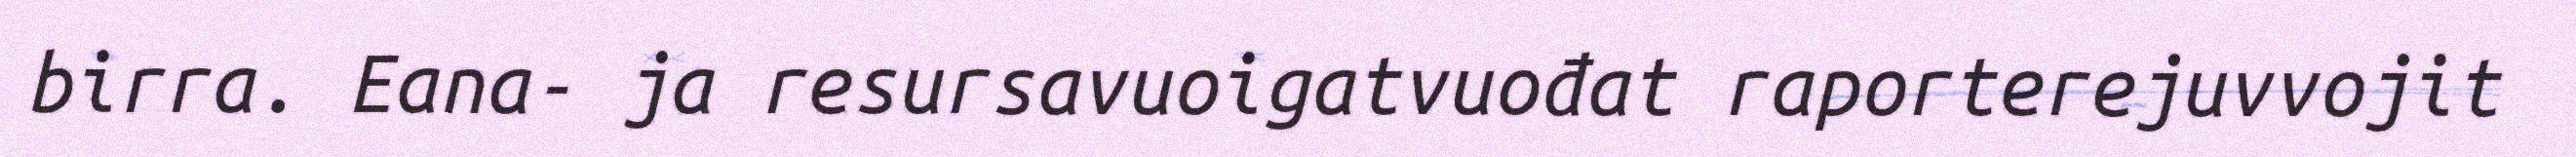
birra. Eana- ja resursavuoigatvuođat raporterejuvvojit